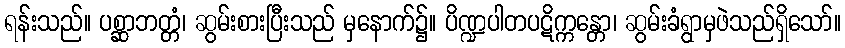
ရန်းသည်။ ပစ္ဆာဘတ္တံ၊ ဆွမ်းစားပြီးသည် မှနောက်၌။ ပိဏ္ဍပါတပဋိက္ကန္တော၊ ဆွမ်းခံရွာမှဖဲသည်ရှိသော်။